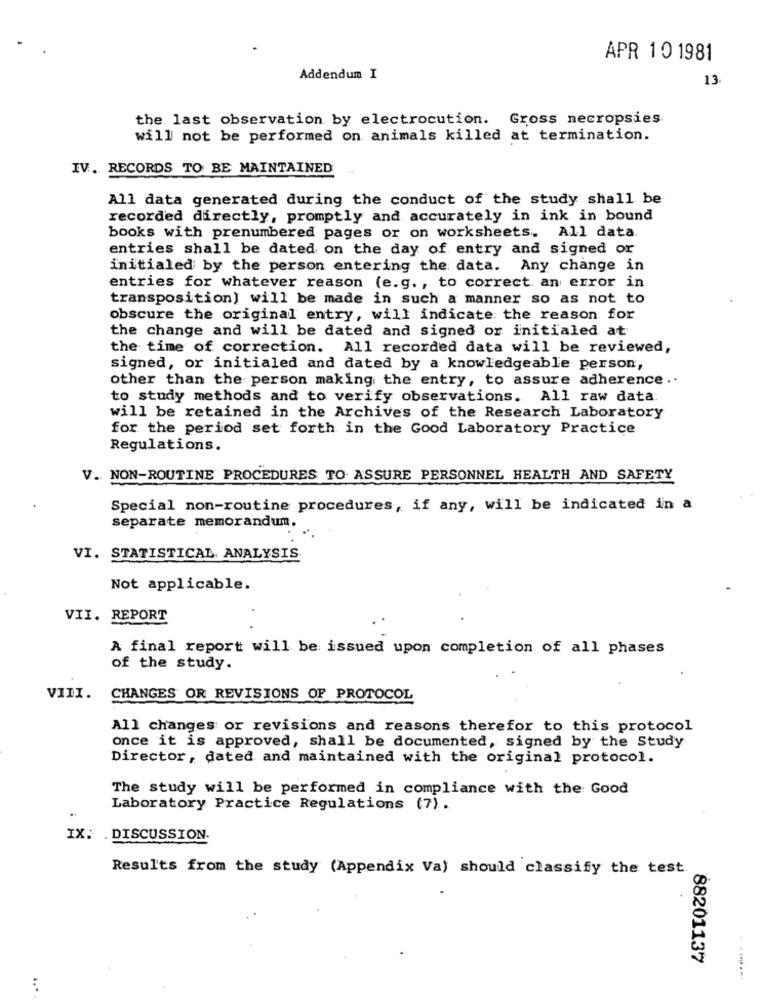
APR 10 1981
Addendum I
13
the last observation by electrocution. Gross necropsies
will not be performed on animals killed at termination.
IV. RECORDS TO BE MAINTAINED
All data generated during the conduct of the study shall be
recorded directly, promptly and accurately in ink in bound
books with prenumbered pages or on worksheets. All data.
entries shall be dated on the day of entry and signed or
initialed by the person entering the data. Any change in
entries for whatever reason (e.g ., to correct an error in
transposition) will be made in such a manner so as not to
obscure the original entry, will indicate the reason for
the change and will be dated and signed or initialed at
the time of correction. All recorded data will be reviewed,
signed, or initialed and dated by a knowledgeable person,
other than the person making the entry, to assure adherence ..
to study methods and to verify observations. All raw data.
will be retained in the Archives of the Research Laboratory
for the period set forth in the Good Laboratory Practice
Regulations.
V. NON-ROUTINE PROCEDURES TO ASSURE PERSONNEL HEALTH AND SAFETY
Special non-routine procedures, if any, will be indicated in a
separate memorandum.
VI. STATISTICAL ANALYSIS
Not applicable.
VII. REPORT
A final report will be issued upon completion of all phases
of the study.
VIII.
CHANGES OR REVISIONS OF PROTOCOL
All changes or revisions and reasons therefor to this protocol
once it is approved, shall be documented, signed by the Study
Director, dated and maintained with the original protocol.
The study will be performed in compliance with the Good
Laboratory Practice Regulations (7).
IX. . DISCUSSION.
Results from the study (Appendix Va) should classify the test.
88201137
.......